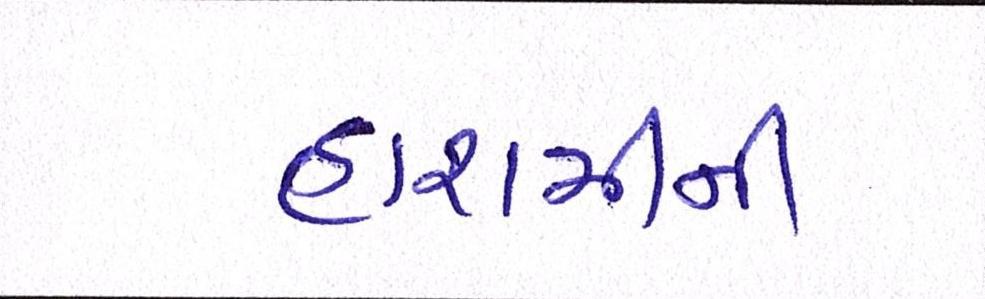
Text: હાશમીની